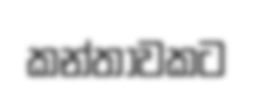
කන්තාවකට